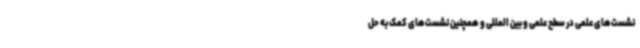
نشست‌های علمی در سطح علمی و بین المللی و همچنین نشست‌های کمک به حل